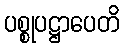
ပစ္စုပဋ္ဌာပေတိ